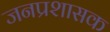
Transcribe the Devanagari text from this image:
जनप्रशासक